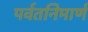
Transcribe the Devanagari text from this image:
पर्वतनिमार्ण